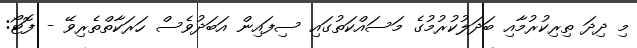
މި ދިދަ ތިރިކުރުމާއި ބަދަލުކުރުމުގެ މަސައްކަތުގައި ސިފައިން އަބަދުވެސް ހަރަކާތްތެރިވޭ - ފޮޓޯ: